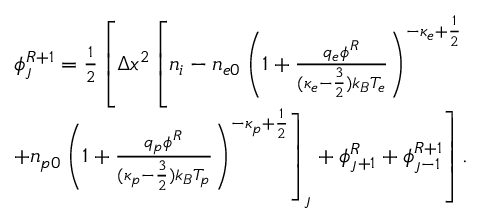
\begin{array} { r } { \phi _ { \jmath } ^ { R + 1 } = \frac { 1 } { 2 } \left[ \Delta x ^ { 2 } \left[ n _ { i } - n _ { e 0 } \left( 1 + \frac { q _ { e } \phi ^ { R } } { ( \kappa _ { e } - \frac { 3 } { 2 } ) k _ { B } T _ { e } } \right) ^ { - \kappa _ { e } + \frac { 1 } { 2 } } \right. \right. } \\ { \left. \left. + n _ { p 0 } \left( 1 + \frac { q _ { p } \phi ^ { R } } { ( \kappa _ { p } - \frac { 3 } { 2 } ) k _ { B } T _ { p } } \right) ^ { - \kappa _ { p } + \frac { 1 } { 2 } } \right] _ { \jmath } + \phi _ { \jmath + 1 } ^ { R } + \phi _ { \jmath - 1 } ^ { R + 1 } \right] . } \end{array}